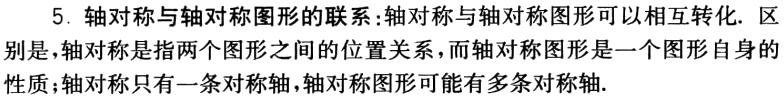
5. 轴对称与轴对称图形的联系:轴对称与轴对称图形可以相互转化. 区别是,轴对称是指两个图形之间的位置关系，而轴对称图形是一个图形自身的性质；轴对称只有一条对称轴,轴对称图形可能有多条对称轴.